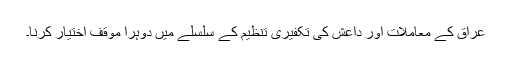
عراق کے معاملات اور داعش کی تکفیری تنظیم کے سلسلے میں دوہرا موقف اختیار کرنا۔